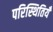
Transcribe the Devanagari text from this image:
परिस्थितियँ